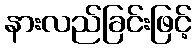
နားလည်ခြင်းဖြင့်